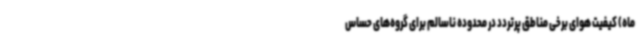
ماه) کیفیت هوای برخی مناطق پرتردد در محدوده ناسالم برای گروه‌های حساس